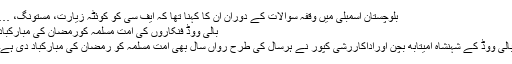
بلوچستان اسمبلی میں وقفہ سوالات کے دوران ان کا کہنا تھا کہ ایف سی کو کوئٹہ زیارت، مستونگ، …
بالی ووڈ فنکاروں کی امت مسلمہ کورمضان کی مبارکباد
بالی ووڈ کے شہنشاہ امیتابھ بچن اوراداکاررشی کپور نے ہرسال کی طرح رواں سال بھی امت مسلمہ کو رمضان کی مبارکباد دی ہے۔